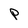
Character: p